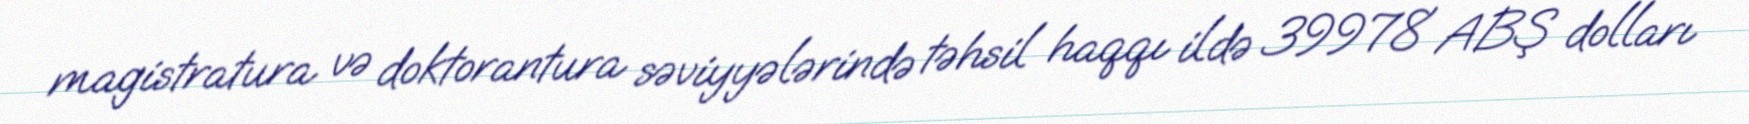
magistratura və doktorantura səviyyələrində təhsil haqqı ildə 39978 ABŞ dolları